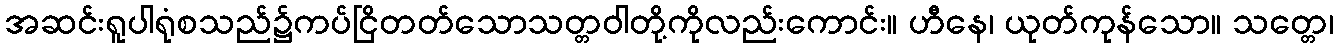
အဆင်းရူပါရုံစသည်၌ကပ်ငြိတတ်သောသတ္တဝါတို့ကိုလည်းကောင်း။ ဟီနေ၊ ယုတ်ကုန်သော။ သတ္တေ၊